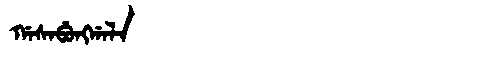
Manchu: ᡤᠠᠰᠠᠪᡠᠩᡤᠠᠯᠠ
Romanization: GASABUNGGALA